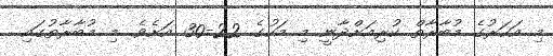
މި އަހަރުގެ މުބާރާތް ކުރިއަށްދާނީ މި މަހުގެ 22-30 އަށެވެ. މި މުބާރާތުގައި